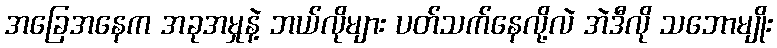
အခြေအနေက အခုအမှုနဲ့ ဘယ်လိုများ ပတ်သက်နေလို့လဲ အဲဒီလို သဘောမျိုး